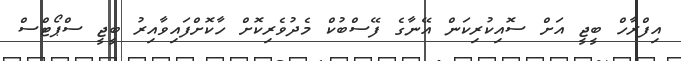
އިފްރާހް ބީޖީ އަށް ސޮއިކުރިކަން އޭނާގެ ފޭސްބުކް މެދުވެރިކޮށް ހާކޮށްފައިވާއިރު ބީޖީ ސްޕޯޓްސް